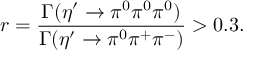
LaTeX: r = \frac { \Gamma ( \eta ^ { \prime } \rightarrow \pi ^ { 0 } \pi ^ { 0 } \pi ^ { 0 } ) } { \Gamma ( \eta ^ { \prime } \rightarrow \pi ^ { 0 } \pi ^ { + } \pi ^ { - } ) } > 0 . 3 .